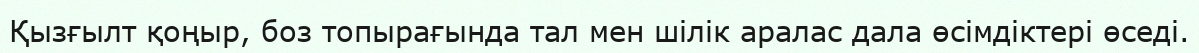
Қызғылт қоңыр, боз топырағында тал мен шілік аралас дала өсімдіктері өседі.